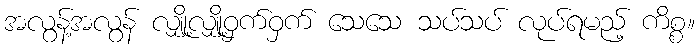
အလွန့်အလွန် လျှို့လျှို့ဝှက်ဝှက် သေသေ သပ်သပ် လုပ်ရမည့် ကိစ္စ။